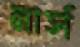
নার্স